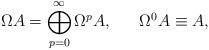
LaTeX: \begin{align*}\Omega A = \bigoplus^\infty_{p = 0}\Omega^p A , \ \ \ \ \ \Omega^0 A \equiv A,\end{align*}